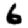
Digit: 6